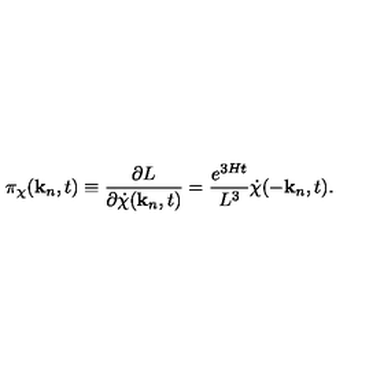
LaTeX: \pi _ { \chi } ( { \bf k } _ { n } , t ) \equiv \frac { \partial L } { \partial { \dot { \chi } } ( { \bf k } _ { n } , t ) } = \frac { e ^ { 3 H t } } { L ^ { 3 } } { \dot { \chi } } ( - { \bf k } _ { n } , t ) .